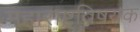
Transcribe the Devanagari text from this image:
महाराष्ट्रविषयक